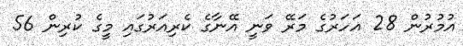
އުމުރުން 28 އަހަރުގެ މަރޭ ވަނީ އޭނާގެ ކެރިއަރުގައި މީގެ ކުރިން 56